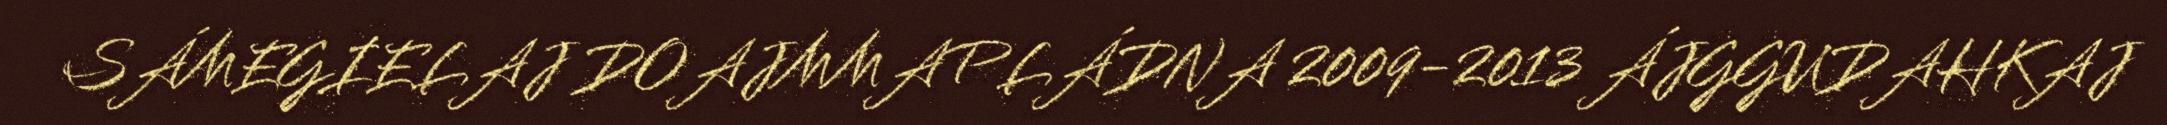
SÁMEGIELAJ DOAJMMAPLÁDNA 2009-2013 ÁJGGUDAHKAJ